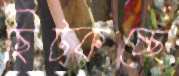
ছিট্‌কচ্ছে